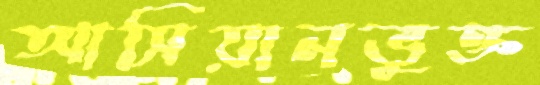
আসিয়ানভুক্ত